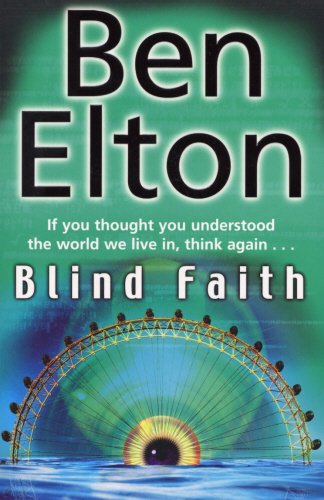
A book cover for Blind Faith; Ben Elton; Literature & Fiction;